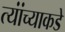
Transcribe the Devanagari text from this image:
त्यांंच्याकडे